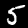
Digit: 5